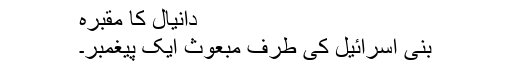
دانیال کا مقبرہ
بنی اسرائیل کی طرف مبعوث ایک پیغمبر۔